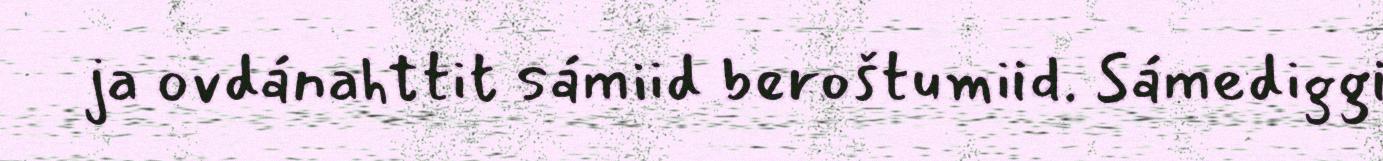
ja ovdánahttit sámiid beroštumiid. Sámediggi